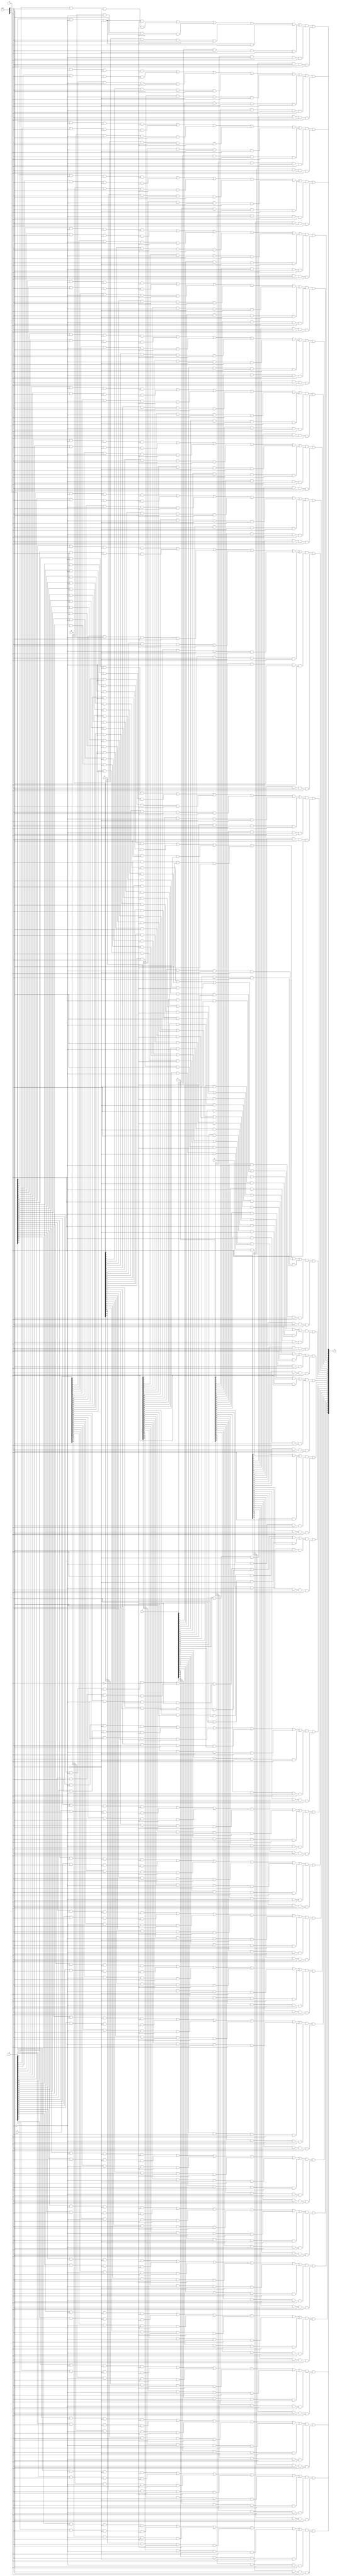
`timescale 1ns / 1ps
//////////////////////////////////////////////////////////////////////////////////
// Company:
// Engineer:
//
// Create Date:
// Design Name:
// Module Name:    mux8x1
// Project Name:
// Target Devices:
// Tool versions:
// Description:
//
// Dependencies:
//
// Revision:
// Revision 0.01 - File Created
// Additional Comments:
//
//////////////////////////////////////////////////////////////////////////////////

module mux8x1(
        input [31:0]A,
        input [31:0]B,
        input [31:0]C,
        input [31:0]D,
        input [31:0]E,
        input [31:0]F,
        input [31:0]G,
        input [31:0]H,
        input [2:0]ctrl,
        output [31:0]S
    );

    wire [31:0]ta, tb, tc, td,te,tf,tg,th;

    and(ta[0], A[0], ~ctrl[0], ~ctrl[1], ~ctrl[2]);
    and(ta[1], A[1], ~ctrl[0], ~ctrl[1], ~ctrl[2]);
    and(ta[2], A[2], ~ctrl[0], ~ctrl[1], ~ctrl[2]);
    and(ta[3], A[3], ~ctrl[0], ~ctrl[1], ~ctrl[2]);
    and(ta[4], A[4], ~ctrl[0], ~ctrl[1], ~ctrl[2]);
    and(ta[5], A[5], ~ctrl[0], ~ctrl[1], ~ctrl[2]);
    and(ta[6], A[6], ~ctrl[0], ~ctrl[1], ~ctrl[2]);
    and(ta[7], A[7], ~ctrl[0], ~ctrl[1], ~ctrl[2]);
    and(ta[8], A[8], ~ctrl[0], ~ctrl[1], ~ctrl[2]);
    and(ta[9], A[9], ~ctrl[0], ~ctrl[1], ~ctrl[2]);
    and(ta[10], A[10], ~ctrl[0], ~ctrl[1], ~ctrl[2]);
    and(ta[11], A[11], ~ctrl[0], ~ctrl[1], ~ctrl[2]);
    and(ta[12], A[12], ~ctrl[0], ~ctrl[1], ~ctrl[2]);
    and(ta[13], A[13], ~ctrl[0], ~ctrl[1], ~ctrl[2]);
    and(ta[14], A[14], ~ctrl[0], ~ctrl[1], ~ctrl[2]);
    and(ta[15], A[15], ~ctrl[0], ~ctrl[1], ~ctrl[2]);
    and(ta[16], A[16], ~ctrl[0], ~ctrl[1], ~ctrl[2]);
    and(ta[17], A[17], ~ctrl[0], ~ctrl[1], ~ctrl[2]);
    and(ta[18], A[18], ~ctrl[0], ~ctrl[1], ~ctrl[2]);
    and(ta[19], A[19], ~ctrl[0], ~ctrl[1], ~ctrl[2]);
    and(ta[20], A[20], ~ctrl[0], ~ctrl[1], ~ctrl[2]);
    and(ta[21], A[21], ~ctrl[0], ~ctrl[1], ~ctrl[2]);
    and(ta[22], A[22], ~ctrl[0], ~ctrl[1], ~ctrl[2]);
    and(ta[23], A[23], ~ctrl[0], ~ctrl[1], ~ctrl[2]);
    and(ta[24], A[24], ~ctrl[0], ~ctrl[1], ~ctrl[2]);
    and(ta[25], A[25], ~ctrl[0], ~ctrl[1], ~ctrl[2]);
    and(ta[26], A[26], ~ctrl[0], ~ctrl[1], ~ctrl[2]);
    and(ta[27], A[27], ~ctrl[0], ~ctrl[1], ~ctrl[2]);
    and(ta[28], A[28], ~ctrl[0], ~ctrl[1], ~ctrl[2]);
    and(ta[29], A[29], ~ctrl[0], ~ctrl[1], ~ctrl[2]);
    and(ta[30], A[30], ~ctrl[0], ~ctrl[1], ~ctrl[2]);
    and(ta[31], A[31], ~ctrl[0], ~ctrl[1], ~ctrl[2]);

    and(tb[0], B[0], ctrl[0], ~ctrl[1], ~ctrl[2]);
    and(tb[1], B[1], ctrl[0], ~ctrl[1], ~ctrl[2]);
    and(tb[2], B[2], ctrl[0], ~ctrl[1], ~ctrl[2]);
    and(tb[3], B[3], ctrl[0], ~ctrl[1], ~ctrl[2]);
    and(tb[4], B[4], ctrl[0], ~ctrl[1], ~ctrl[2]);
    and(tb[5], B[5], ctrl[0], ~ctrl[1], ~ctrl[2]);
    and(tb[6], B[6], ctrl[0], ~ctrl[1], ~ctrl[2]);
    and(tb[7], B[7], ctrl[0], ~ctrl[1], ~ctrl[2]);
    and(tb[8], B[8], ctrl[0], ~ctrl[1], ~ctrl[2]);
    and(tb[9], B[9], ctrl[0], ~ctrl[1], ~ctrl[2]);
    and(tb[10], B[10], ctrl[0], ~ctrl[1], ~ctrl[2]);
    and(tb[11], B[11], ctrl[0], ~ctrl[1], ~ctrl[2]);
    and(tb[12], B[12], ctrl[0], ~ctrl[1], ~ctrl[2]);
    and(tb[13], B[13], ctrl[0], ~ctrl[1], ~ctrl[2]);
    and(tb[14], B[14], ctrl[0], ~ctrl[1], ~ctrl[2]);
    and(tb[15], B[15], ctrl[0], ~ctrl[1], ~ctrl[2]);
    and(tb[16], B[16], ctrl[0], ~ctrl[1], ~ctrl[2]);
    and(tb[17], B[17], ctrl[0], ~ctrl[1], ~ctrl[2]);
    and(tb[18], B[18], ctrl[0], ~ctrl[1], ~ctrl[2]);
    and(tb[19], B[19], ctrl[0], ~ctrl[1], ~ctrl[2]);
    and(tb[20], B[20], ctrl[0], ~ctrl[1], ~ctrl[2]);
    and(tb[21], B[21], ctrl[0], ~ctrl[1], ~ctrl[2]);
    and(tb[22], B[22], ctrl[0], ~ctrl[1], ~ctrl[2]);
    and(tb[23], B[23], ctrl[0], ~ctrl[1], ~ctrl[2]);
    and(tb[24], B[24], ctrl[0], ~ctrl[1], ~ctrl[2]);
    and(tb[25], B[25], ctrl[0], ~ctrl[1], ~ctrl[2]);
    and(tb[26], B[26], ctrl[0], ~ctrl[1], ~ctrl[2]);
    and(tb[27], B[27], ctrl[0], ~ctrl[1], ~ctrl[2]);
    and(tb[28], B[28], ctrl[0], ~ctrl[1], ~ctrl[2]);
    and(tb[29], B[29], ctrl[0], ~ctrl[1], ~ctrl[2]);
    and(tb[30], B[30], ctrl[0], ~ctrl[1], ~ctrl[2]);
    and(tb[31], B[31], ctrl[0], ~ctrl[1], ~ctrl[2]);

    and(tc[0], C[0], ~ctrl[0], ctrl[1], ~ctrl[2]);
    and(tc[1], C[1], ~ctrl[0], ctrl[1], ~ctrl[2]);
    and(tc[2], C[2], ~ctrl[0], ctrl[1], ~ctrl[2]);
    and(tc[3], C[3], ~ctrl[0], ctrl[1], ~ctrl[2]);
    and(tc[4], C[4], ~ctrl[0], ctrl[1], ~ctrl[2]);
    and(tc[5], C[5], ~ctrl[0], ctrl[1], ~ctrl[2]);
    and(tc[6], C[6], ~ctrl[0], ctrl[1], ~ctrl[2]);
    and(tc[7], C[7], ~ctrl[0], ctrl[1], ~ctrl[2]);
    and(tc[8], C[8], ~ctrl[0], ctrl[1], ~ctrl[2]);
    and(tc[9], C[9], ~ctrl[0], ctrl[1], ~ctrl[2]);
    and(tc[10], C[10], ~ctrl[0], ctrl[1], ~ctrl[2]);
    and(tc[11], C[11], ~ctrl[0], ctrl[1], ~ctrl[2]);
    and(tc[12], C[12], ~ctrl[0], ctrl[1], ~ctrl[2]);
    and(tc[13], C[13], ~ctrl[0], ctrl[1], ~ctrl[2]);
    and(tc[14], C[14], ~ctrl[0], ctrl[1], ~ctrl[2]);
    and(tc[15], C[15], ~ctrl[0], ctrl[1], ~ctrl[2]);
    and(tc[16], C[16], ~ctrl[0], ctrl[1], ~ctrl[2]);
    and(tc[17], C[17], ~ctrl[0], ctrl[1], ~ctrl[2]);
    and(tc[18], C[18], ~ctrl[0], ctrl[1], ~ctrl[2]);
    and(tc[19], C[19], ~ctrl[0], ctrl[1], ~ctrl[2]);
    and(tc[20], C[20], ~ctrl[0], ctrl[1], ~ctrl[2]);
    and(tc[21], C[21], ~ctrl[0], ctrl[1], ~ctrl[2]);
    and(tc[22], C[22], ~ctrl[0], ctrl[1], ~ctrl[2]);
    and(tc[23], C[23], ~ctrl[0], ctrl[1], ~ctrl[2]);
    and(tc[24], C[24], ~ctrl[0], ctrl[1], ~ctrl[2]);
    and(tc[25], C[25], ~ctrl[0], ctrl[1], ~ctrl[2]);
    and(tc[26], C[26], ~ctrl[0], ctrl[1], ~ctrl[2]);
    and(tc[27], C[27], ~ctrl[0], ctrl[1], ~ctrl[2]);
    and(tc[28], C[28], ~ctrl[0], ctrl[1], ~ctrl[2]);
    and(tc[29], C[29], ~ctrl[0], ctrl[1], ~ctrl[2]);
    and(tc[30], C[30], ~ctrl[0], ctrl[1], ~ctrl[2]);
    and(tc[31], C[31], ~ctrl[0], ctrl[1], ~ctrl[2]);

    and(td[0], D[0], ctrl[0], ctrl[1], ~ctrl[2]);
    and(td[1], D[1], ctrl[0], ctrl[1], ~ctrl[2]);
    and(td[2], D[2], ctrl[0], ctrl[1], ~ctrl[2]);
    and(td[3], D[3], ctrl[0], ctrl[1], ~ctrl[2]);
    and(td[4], D[4], ctrl[0], ctrl[1], ~ctrl[2]);
    and(td[5], D[5], ctrl[0], ctrl[1], ~ctrl[2]);
    and(td[6], D[6], ctrl[0], ctrl[1], ~ctrl[2]);
    and(td[7], D[7], ctrl[0], ctrl[1], ~ctrl[2]);
    and(td[8], D[8], ctrl[0], ctrl[1], ~ctrl[2]);
    and(td[9], D[9], ctrl[0], ctrl[1], ~ctrl[2]);
    and(td[10], D[10], ctrl[0], ctrl[1], ~ctrl[2]);
    and(td[11], D[11], ctrl[0], ctrl[1], ~ctrl[2]);
    and(td[12], D[12], ctrl[0], ctrl[1], ~ctrl[2]);
    and(td[13], D[13], ctrl[0], ctrl[1], ~ctrl[2]);
    and(td[14], D[14], ctrl[0], ctrl[1], ~ctrl[2]);
    and(td[15], D[15], ctrl[0], ctrl[1], ~ctrl[2]);
    and(td[16], D[16], ctrl[0], ctrl[1], ~ctrl[2]);
    and(td[17], D[17], ctrl[0], ctrl[1], ~ctrl[2]);
    and(td[18], D[18], ctrl[0], ctrl[1], ~ctrl[2]);
    and(td[19], D[19], ctrl[0], ctrl[1], ~ctrl[2]);
    and(td[20], D[20], ctrl[0], ctrl[1], ~ctrl[2]);
    and(td[21], D[21], ctrl[0], ctrl[1], ~ctrl[2]);
    and(td[22], D[22], ctrl[0], ctrl[1], ~ctrl[2]);
    and(td[23], D[23], ctrl[0], ctrl[1], ~ctrl[2]);
    and(td[24], D[24], ctrl[0], ctrl[1], ~ctrl[2]);
    and(td[25], D[25], ctrl[0], ctrl[1], ~ctrl[2]);
    and(td[26], D[26], ctrl[0], ctrl[1], ~ctrl[2]);
    and(td[27], D[27], ctrl[0], ctrl[1], ~ctrl[2]);
    and(td[28], D[28], ctrl[0], ctrl[1], ~ctrl[2]);
    and(td[29], D[29], ctrl[0], ctrl[1], ~ctrl[2]);
    and(td[30], D[30], ctrl[0], ctrl[1], ~ctrl[2]);
    and(td[31], D[31], ctrl[0], ctrl[1], ~ctrl[2]);

    and(te[0], A[0], ~ctrl[0], ~ctrl[1], ctrl[2]);
    and(te[1], E[1], ~ctrl[0], ~ctrl[1], ctrl[2]);
    and(te[2], E[2], ~ctrl[0], ~ctrl[1], ctrl[2]);
    and(te[3], E[3], ~ctrl[0], ~ctrl[1], ctrl[2]);
    and(te[4], E[4], ~ctrl[0], ~ctrl[1], ctrl[2]);
    and(te[5], E[5], ~ctrl[0], ~ctrl[1], ctrl[2]);
    and(te[6], E[6], ~ctrl[0], ~ctrl[1], ctrl[2]);
    and(te[7], E[7], ~ctrl[0], ~ctrl[1], ctrl[2]);
    and(te[8], E[8], ~ctrl[0], ~ctrl[1], ctrl[2]);
    and(te[9], E[9], ~ctrl[0], ~ctrl[1], ctrl[2]);
    and(te[10], E[10], ~ctrl[0], ~ctrl[1], ctrl[2]);
    and(te[11], E[11], ~ctrl[0], ~ctrl[1], ctrl[2]);
    and(te[12], E[12], ~ctrl[0], ~ctrl[1], ctrl[2]);
    and(te[13], E[13], ~ctrl[0], ~ctrl[1], ctrl[2]);
    and(te[14], E[14], ~ctrl[0], ~ctrl[1], ctrl[2]);
    and(te[15], E[15], ~ctrl[0], ~ctrl[1], ctrl[2]);
    and(te[16], E[16], ~ctrl[0], ~ctrl[1], ctrl[2]);
    and(te[17], E[17], ~ctrl[0], ~ctrl[1], ctrl[2]);
    and(te[18], E[18], ~ctrl[0], ~ctrl[1], ctrl[2]);
    and(te[19], E[19], ~ctrl[0], ~ctrl[1], ctrl[2]);
    and(te[20], E[20], ~ctrl[0], ~ctrl[1], ctrl[2]);
    and(te[21], E[21], ~ctrl[0], ~ctrl[1], ctrl[2]);
    and(te[22], E[22], ~ctrl[0], ~ctrl[1], ctrl[2]);
    and(te[23], E[23], ~ctrl[0], ~ctrl[1], ctrl[2]);
    and(te[24], E[24], ~ctrl[0], ~ctrl[1], ctrl[2]);
    and(te[25], E[25], ~ctrl[0], ~ctrl[1], ctrl[2]);
    and(te[26], E[26], ~ctrl[0], ~ctrl[1], ctrl[2]);
    and(te[27], E[27], ~ctrl[0], ~ctrl[1], ctrl[2]);
    and(te[28], E[28], ~ctrl[0], ~ctrl[1], ctrl[2]);
    and(te[29], E[29], ~ctrl[0], ~ctrl[1], ctrl[2]);
    and(te[30], E[30], ~ctrl[0], ~ctrl[1], ctrl[2]);
    and(te[31], E[31], ~ctrl[0], ~ctrl[1], ctrl[2]);

    and(tf[0], F[0], ctrl[0], ~ctrl[1], ctrl[2]);
    and(tf[1], F[1], ctrl[0], ~ctrl[1], ctrl[2]);
    and(tf[2], F[2], ctrl[0], ~ctrl[1], ctrl[2]);
    and(tf[3], F[3], ctrl[0], ~ctrl[1], ctrl[2]);
    and(tf[4], F[4], ctrl[0], ~ctrl[1], ctrl[2]);
    and(tf[5], F[5], ctrl[0], ~ctrl[1], ctrl[2]);
    and(tf[6], F[6], ctrl[0], ~ctrl[1], ctrl[2]);
    and(tf[7], F[7], ctrl[0], ~ctrl[1], ctrl[2]);
    and(tf[8], F[8], ctrl[0], ~ctrl[1], ctrl[2]);
    and(tf[9], F[9], ctrl[0], ~ctrl[1], ctrl[2]);
    and(tf[10], F[10], ctrl[0], ~ctrl[1], ctrl[2]);
    and(tf[11], F[11], ctrl[0], ~ctrl[1], ctrl[2]);
    and(tf[12], F[12], ctrl[0], ~ctrl[1], ctrl[2]);
    and(tf[13], F[13], ctrl[0], ~ctrl[1], ctrl[2]);
    and(tf[14], F[14], ctrl[0], ~ctrl[1], ctrl[2]);
    and(tf[15], F[15], ctrl[0], ~ctrl[1], ctrl[2]);
    and(tf[16], F[16], ctrl[0], ~ctrl[1], ctrl[2]);
    and(tf[17], F[17], ctrl[0], ~ctrl[1], ctrl[2]);
    and(tf[18], F[18], ctrl[0], ~ctrl[1], ctrl[2]);
    and(tf[19], F[19], ctrl[0], ~ctrl[1], ctrl[2]);
    and(tf[20], F[20], ctrl[0], ~ctrl[1], ctrl[2]);
    and(tf[21], F[21], ctrl[0], ~ctrl[1], ctrl[2]);
    and(tf[22], F[22], ctrl[0], ~ctrl[1], ctrl[2]);
    and(tf[23], F[23], ctrl[0], ~ctrl[1], ctrl[2]);
    and(tf[24], F[24], ctrl[0], ~ctrl[1], ctrl[2]);
    and(tf[25], F[25], ctrl[0], ~ctrl[1], ctrl[2]);
    and(tf[26], F[26], ctrl[0], ~ctrl[1], ctrl[2]);
    and(tf[27], F[27], ctrl[0], ~ctrl[1], ctrl[2]);
    and(tf[28], F[28], ctrl[0], ~ctrl[1], ctrl[2]);
    and(tf[29], F[29], ctrl[0], ~ctrl[1], ctrl[2]);
    and(tf[30], F[30], ctrl[0], ~ctrl[1], ctrl[2]);
    and(tf[31], F[31], ctrl[0], ~ctrl[1], ctrl[2]);

    and(tg[0], G[0], ~ctrl[0], ctrl[1], ctrl[2]);
    and(tg[1], G[1], ~ctrl[0], ctrl[1], ctrl[2]);
    and(tg[2], G[2], ~ctrl[0], ctrl[1], ctrl[2]);
    and(tg[3], G[3], ~ctrl[0], ctrl[1], ctrl[2]);
    and(tg[4], G[4], ~ctrl[0], ctrl[1], ctrl[2]);
    and(tg[5], G[5], ~ctrl[0], ctrl[1], ctrl[2]);
    and(tg[6], G[6], ~ctrl[0], ctrl[1], ctrl[2]);
    and(tg[7], G[7], ~ctrl[0], ctrl[1], ctrl[2]);
    and(tg[8], G[8], ~ctrl[0], ctrl[1], ctrl[2]);
    and(tg[9], G[9], ~ctrl[0], ctrl[1], ctrl[2]);
    and(tg[10], G[10], ~ctrl[0], ctrl[1], ctrl[2]);
    and(tg[11], G[11], ~ctrl[0], ctrl[1], ctrl[2]);
    and(tg[12], G[12], ~ctrl[0], ctrl[1], ctrl[2]);
    and(tg[13], G[13], ~ctrl[0], ctrl[1], ctrl[2]);
    and(tg[14], G[14], ~ctrl[0], ctrl[1], ctrl[2]);
    and(tg[15], G[15], ~ctrl[0], ctrl[1], ctrl[2]);
    and(tg[16], G[16], ~ctrl[0], ctrl[1], ctrl[2]);
    and(tg[17], G[17], ~ctrl[0], ctrl[1], ctrl[2]);
    and(tg[18], G[18], ~ctrl[0], ctrl[1], ctrl[2]);
    and(tg[19], G[19], ~ctrl[0], ctrl[1], ctrl[2]);
    and(tg[20], G[20], ~ctrl[0], ctrl[1], ctrl[2]);
    and(tg[21], G[21], ~ctrl[0], ctrl[1], ctrl[2]);
    and(tg[22], G[22], ~ctrl[0], ctrl[1], ctrl[2]);
    and(tg[23], G[23], ~ctrl[0], ctrl[1], ctrl[2]);
    and(tg[24], G[24], ~ctrl[0], ctrl[1], ctrl[2]);
    and(tg[25], G[25], ~ctrl[0], ctrl[1], ctrl[2]);
    and(tg[26], G[26], ~ctrl[0], ctrl[1], ctrl[2]);
    and(tg[27], G[27], ~ctrl[0], ctrl[1], ctrl[2]);
    and(tg[28], G[28], ~ctrl[0], ctrl[1], ctrl[2]);
    and(tg[29], G[29], ~ctrl[0], ctrl[1], ctrl[2]);
    and(tg[30], G[30], ~ctrl[0], ctrl[1], ctrl[2]);
    and(tg[31], G[31], ~ctrl[0], ctrl[1], ctrl[2]);

    and(th[0], H[0], ctrl[0], ctrl[1], ctrl[2]);
    and(th[1], H[1], ctrl[0], ctrl[1], ctrl[2]);
    and(th[2], H[2], ctrl[0], ctrl[1], ctrl[2]);
    and(th[3], H[3], ctrl[0], ctrl[1], ctrl[2]);
    and(th[4], H[4], ctrl[0], ctrl[1], ctrl[2]);
    and(th[5], H[5], ctrl[0], ctrl[1], ctrl[2]);
    and(th[6], H[6], ctrl[0], ctrl[1], ctrl[2]);
    and(th[7], H[7], ctrl[0], ctrl[1], ctrl[2]);
    and(th[8], H[8], ctrl[0], ctrl[1], ctrl[2]);
    and(th[9], H[9], ctrl[0], ctrl[1], ctrl[2]);
    and(th[10], H[10], ctrl[0], ctrl[1], ctrl[2]);
    and(th[11], H[11], ctrl[0], ctrl[1], ctrl[2]);
    and(th[12], H[12], ctrl[0], ctrl[1], ctrl[2]);
    and(th[13], H[13], ctrl[0], ctrl[1], ctrl[2]);
    and(th[14], H[14], ctrl[0], ctrl[1], ctrl[2]);
    and(th[15], H[15], ctrl[0], ctrl[1], ctrl[2]);
    and(th[16], H[16], ctrl[0], ctrl[1], ctrl[2]);
    and(th[17], H[17], ctrl[0], ctrl[1], ctrl[2]);
    and(th[18], H[18], ctrl[0], ctrl[1], ctrl[2]);
    and(th[19], H[19], ctrl[0], ctrl[1], ctrl[2]);
    and(th[20], H[20], ctrl[0], ctrl[1], ctrl[2]);
    and(th[21], H[21], ctrl[0], ctrl[1], ctrl[2]);
    and(th[22], H[22], ctrl[0], ctrl[1], ctrl[2]);
    and(th[23], H[23], ctrl[0], ctrl[1], ctrl[2]);
    and(th[24], H[24], ctrl[0], ctrl[1], ctrl[2]);
    and(th[25], H[25], ctrl[0], ctrl[1], ctrl[2]);
    and(th[26], H[26], ctrl[0], ctrl[1], ctrl[2]);
    and(th[27], H[27], ctrl[0], ctrl[1], ctrl[2]);
    and(th[28], H[28], ctrl[0], ctrl[1], ctrl[2]);
    and(th[29], H[29], ctrl[0], ctrl[1], ctrl[2]);
    and(th[30], H[30], ctrl[0], ctrl[1], ctrl[2]);
    and(th[31], H[31], ctrl[0], ctrl[1], ctrl[2]);

    or(S[0], ta[0], tb[0], tc[0], td[0], te[0], tf[0], tg[0], th[0]);
    or(S[1], ta[1], tb[1], tc[1], td[1], te[1], tf[1], tg[1], th[1]);
    or(S[2], ta[2], tb[2], tc[2], td[2], te[2], tf[2], tg[2], th[2]);
    or(S[3], ta[3], tb[3], tc[3], td[3], te[3], tf[3], tg[3], th[3]);
    or(S[4], ta[4], tb[4], tc[4], td[4], te[4], tf[4], tg[4], th[4]);
    or(S[5], ta[5], tb[5], tc[5], td[5], te[5], tf[5], tg[5], th[5]);
    or(S[6], ta[6], tb[6], tc[6], td[6], te[6], tf[6], tg[6], th[6]);
    or(S[7], ta[7], tb[7], tc[7], td[7], te[7], tf[7], tg[7], th[7]);
    or(S[8], ta[8], tb[8], tc[8], td[8], te[8], tf[8], tg[8], th[8]);
    or(S[9], ta[9], tb[9], tc[9], td[9], te[9], tf[9], tg[9], th[9]);
    or(S[10], ta[10], tb[10], tc[10], td[10], te[10], tf[10], tg[10], th[10]);
    or(S[11], ta[11], tb[11], tc[11], td[11], te[11], tf[11], tg[11], th[11]);
    or(S[12], ta[12], tb[12], tc[12], td[12], te[12], tf[12], tg[12], th[12]);
    or(S[13], ta[13], tb[13], tc[13], td[13], te[13], tf[13], tg[13], th[13]);
    or(S[14], ta[14], tb[14], tc[14], td[14], te[14], tf[14], tg[14], th[14]);
    or(S[15], ta[15], tb[15], tc[15], td[15], te[15], tf[15], tg[15], th[15]);
    or(S[16], ta[16], tb[16], tc[16], td[16], te[16], tf[16], tg[16], th[16]);
    or(S[17], ta[17], tb[17], tc[17], td[17], te[17], tf[17], tg[17], th[17]);
    or(S[18], ta[18], tb[18], tc[18], td[18], te[18], tf[18], tg[18], th[18]);
    or(S[19], ta[19], tb[19], tc[19], td[19], te[19], tf[19], tg[19], th[19]);
    or(S[20], ta[20], tb[20], tc[20], td[20], te[20], tf[20], tg[20], th[20]);
    or(S[21], ta[21], tb[21], tc[21], td[21], te[21], tf[21], tg[21], th[21]);
    or(S[22], ta[22], tb[22], tc[22], td[22], te[22], tf[22], tg[22], th[22]);
    or(S[23], ta[23], tb[23], tc[23], td[23], te[23], tf[23], tg[23], th[23]);
    or(S[24], ta[24], tb[24], tc[24], td[24], te[24], tf[24], tg[24], th[24]);
    or(S[25], ta[25], tb[25], tc[25], td[25], te[25], tf[25], tg[25], th[25]);
    or(S[26], ta[26], tb[26], tc[26], td[26], te[26], tf[26], tg[26], th[26]);
    or(S[27], ta[27], tb[27], tc[27], td[27], te[27], tf[27], tg[27], th[27]);
    or(S[28], ta[28], tb[28], tc[28], td[28], te[28], tf[28], tg[28], th[28]);
    or(S[29], ta[29], tb[29], tc[29], td[29], te[29], tf[29], tg[29], th[29]);
    or(S[30], ta[30], tb[30], tc[30], td[30], te[30], tf[30], tg[30], th[30]);
    or(S[31], ta[31], tb[31], tc[31], td[31], te[31], tf[31], tg[31], th[31]);


endmodule